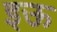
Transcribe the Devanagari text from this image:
इऊ